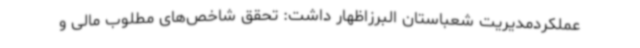
عملکردمدیریت شعباستان البرزاظهار داشت: تحقق شاخص‌های مطلوب مالی و